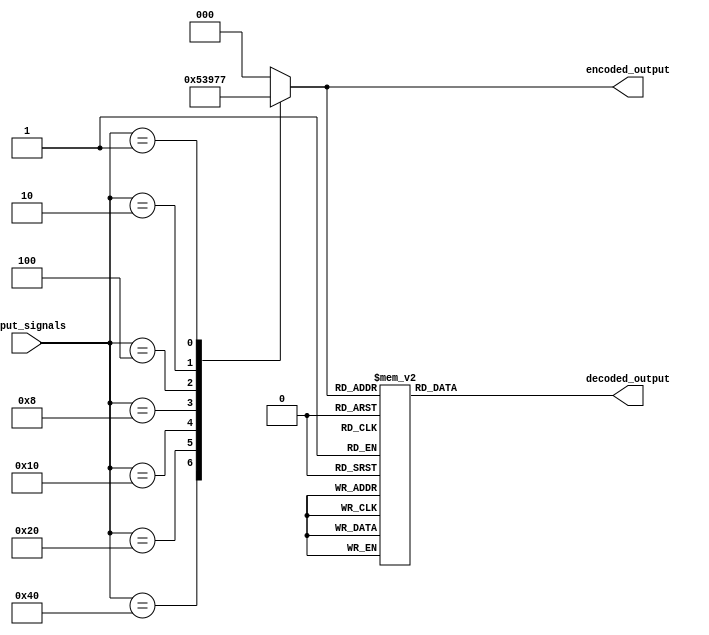
module priority_encoder_decoder (
    input [7:0] input_signals, // input signals to be encoded
    output reg [2:0] encoded_output, // encoded output signal
    output reg [7:0] decoded_output // decoded output signal
);

    // Priority Encoder module
    always @* begin
        case(input_signals)
            8'b10000000: encoded_output = 3'b000;
            8'b01000000: encoded_output = 3'b001;
            8'b00100000: encoded_output = 3'b010;
            8'b00010000: encoded_output = 3'b011;
            8'b00001000: encoded_output = 3'b100;
            8'b00000100: encoded_output = 3'b101;
            8'b00000010: encoded_output = 3'b110;
            8'b00000001: encoded_output = 3'b111;
            default: encoded_output = 0;
        endcase
    end

    // Decoder module
    always @* begin
        case(encoded_output)
            3'b000: decoded_output = 8'b10000000;
            3'b001: decoded_output = 8'b01000000;
            3'b010: decoded_output = 8'b00100000;
            3'b011: decoded_output = 8'b00010000;
            3'b100: decoded_output = 8'b00001000;
            3'b101: decoded_output = 8'b00000100;
            3'b110: decoded_output = 8'b00000010;
            3'b111: decoded_output = 8'b00000001;
            default: decoded_output = 8'b00000000;
        endcase
    end

endmodule